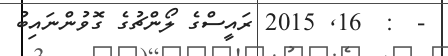
-  :  16